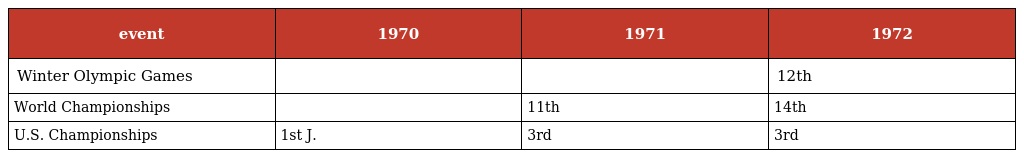
| event | 1970 | 1971 | 1972 |
 | --- | --- | --- | --- |
 | Winter Olympic Games |  |  | 12th |
 | World Championships |  | 11th | 14th |
 | U.S. Championships | 1st J. | 3rd | 3rd |